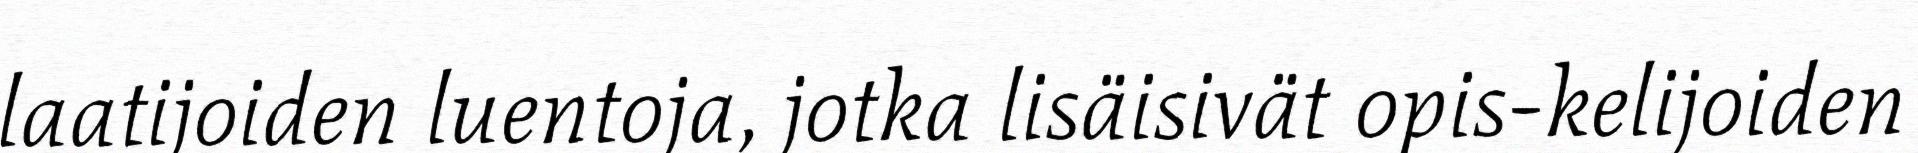
laatijoiden luentoja, jotka lisäisivät opis-kelijoiden